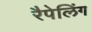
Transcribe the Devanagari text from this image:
रैपेलिंग